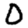
Digit: 0